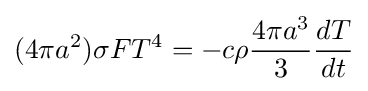
(4\pi a^{2})\sigma FT^{4}=-c\rho {\frac {4\pi a^{3}}{3}}{\frac {dT}{dt}}